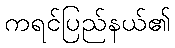
ကရင်ပြည်နယ်၏